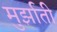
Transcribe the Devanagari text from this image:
मुर्झाती